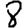
Digit: 8